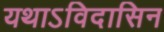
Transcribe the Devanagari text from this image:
यथाऽविदासिन